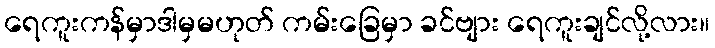
ရေကူးကန်မှာဒါမှမဟုတ် ကမ်းခြေမှာ ခင်ဗျား ရေကူးချင်လို့လား။